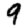
Digit: 9